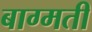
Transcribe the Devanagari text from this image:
बाग्मती